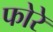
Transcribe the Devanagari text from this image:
फोरे